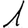
Digit: 1